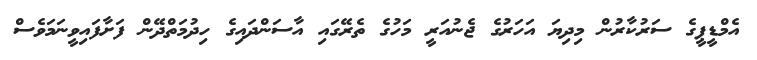
އެމްޑީޕީގެ ސަރުކާރުން މިދިޔަ އަހަރުގެ ޖެނުއަރީ މަހުގެ ތެރޭގައި އާސަންދައިގެ ހިދުމަތްދޭން ފަށާފައިވީނަމަވެސް